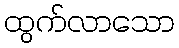
ထွက်လာသော